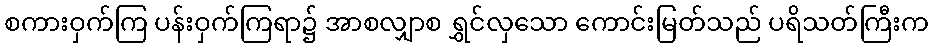
စကားဝှက်ကြ ပန်းဝှက်ကြရာ၌ အာစလျှာစ ရွှင်လှသော ကောင်းမြတ်သည် ပရိသတ်ကြီးက